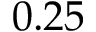
0 . 2 5